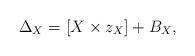
LaTeX: \begin{align*} \Delta_{X}=[X \times z_X]+ B_X,\end{align*}